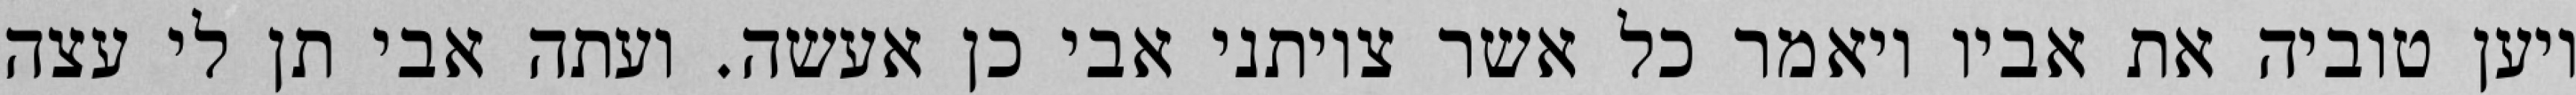
ויען טוביה את אביו ויאמר כל אשר צויתני אבי כן אעשה. ועתה אבי תן לי עצה